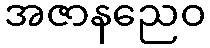
အဇာနညေဝ